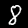
Label: 8